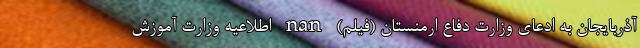
آذربایجان به ادعای وزارت دفاع ارمنستان (فیلم) nan اطلاعیه وزارت آموزش